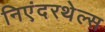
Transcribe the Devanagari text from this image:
निएंदरथेल्स